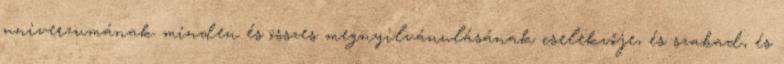
univerzumának minden és összes megnyilvánulásának cselekvője, és szabad, és